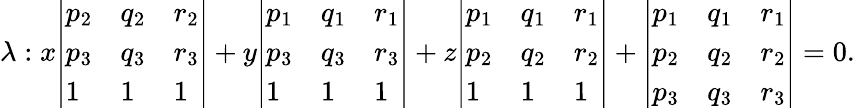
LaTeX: \lambda:x{\left|\begin{array}{lll}{p_{2}}&{q_{2}}&{r_{2}}\\ {p_{3}}&{q_{3}}&{r_{3}}\\ {1}&{1}&{1}\end{array}\right|}+y{\left|\begin{array}{lll}{p_{1}}&{q_{1}}&{r_{1}}\\ {p_{3}}&{q_{3}}&{r_{3}}\\ {1}&{1}&{1}\end{array}\right|}+z{\left|\begin{array}{lll}{p_{1}}&{q_{1}}&{r_{1}}\\ {p_{2}}&{q_{2}}&{r_{2}}\\ {1}&{1}&{1}\end{array}\right|}+{\left|\begin{array}{lll}{p_{1}}&{q_{1}}&{r_{1}}\\ {p_{2}}&{q_{2}}&{r_{2}}\\ {p_{3}}&{q_{3}}&{r_{3}}\end{array}\right|}=0.